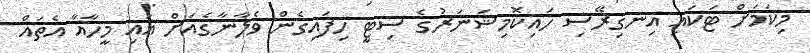
މިކަމަށް ޓަކައި އިނގިރޭސި ހައިކޮމިޝަނަރުގެ ސިޓީ ހިފައިގެން ވެލާނާގެއަށް އައި މީހާއާ އެތައް